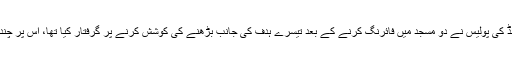
خیال رہے کہ دہشت گرد کو نیوزی لینڈ کی پولیس نے دو مسجد میں فائرنگ کرنے کے بعد تیسرے ہدف کی جانب بڑھنے کی کوشش کرنے پر گرفتار کیا تھا، اس پر چند روز میں فرد جرم عائد کی جائے گی۔